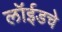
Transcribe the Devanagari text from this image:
लॉईडचे